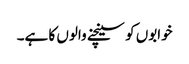
خوابوں کو سینچنے والوں کا ہے۔